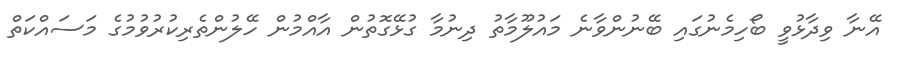
އޭނާ ވިދާޅުވީ ބޯހިމެނުގައި ބޭނުންވާނެ މައުލޫމާތު ދިނުމާ ގުޅޭގޮތުން އާއްމުން ހޭލުންތެރިކުރުވުމުގެ މަސައްކަތް